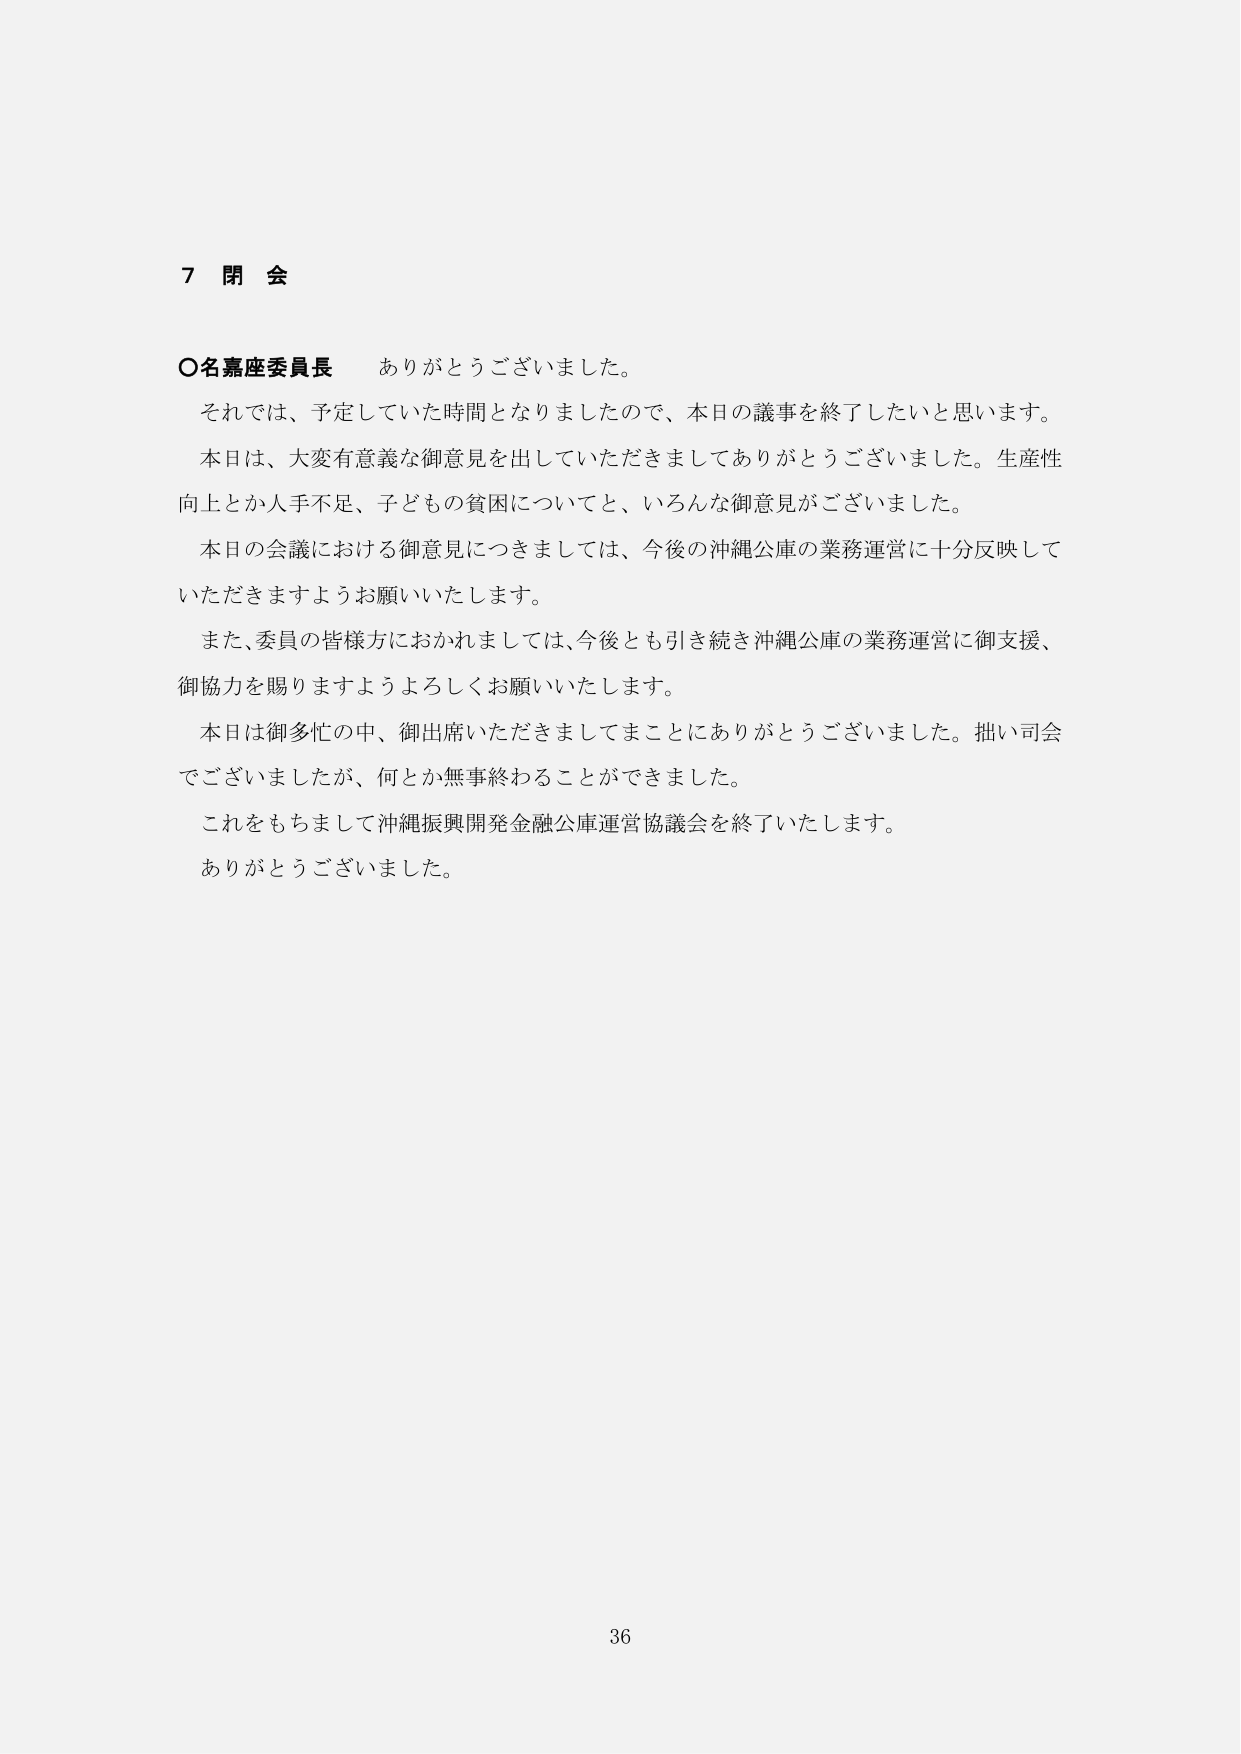
7 閉 会

○名嘉座委員長 ありがとうございました。

それでは、予定していた時間となりましたので、本日の議事を終了したいと思います。

本日は、大変有意義な御意見を出していただきましてありがとうございました。生産性向上とか人手不足、子どもの貧困についてと、いろんな御意見がございました。

本日の会議における御意見につきましては、今後の沖縄公庫の業務運営に十分反映していただきますようお願いいたします。

また、委員の皆様方におかれましては、今後とも引き続き沖縄公庫の業務運営に御支援、御協力を賜りますようよろしくお願いいたします。

本日は御多忙の中、御出席いただきましてまことにありがとうございました。拙い司会でございましたが、何とか無事終わることができました。

これをもちまして沖縄振興開発金融公庫運営協議会を終了いたします。

ありがとうございました。

36